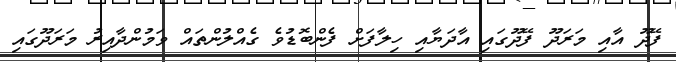
ފޭދޫ އާއި މަރަދޫ ފޭދޫގައި އާދަޔާއި ހިލާފަށް ފެންބޮޑުވެ ގެއްލުންތައް ވަމުންދާއިރު މަރަދޫގައި